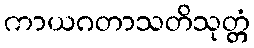
ကာယဂတာသတိသုတ္တံ